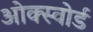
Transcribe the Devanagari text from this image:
ओक्स्वोर्ड